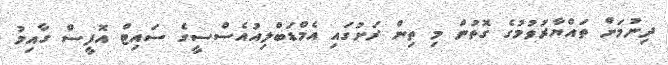
ދިނުމަށް ތައްޔާރުވުމުގެ ގޮތުން މި ތިން ރަށުގައި އެމްޑަބްލިއުއެސްސީގެ ސައިޓް އޮފީސް ގާއިމު